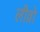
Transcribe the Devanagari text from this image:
लीव्रो